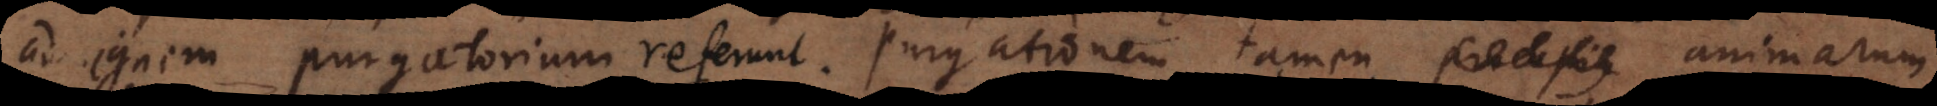
ad ignem purgatorium referunt. Purgationem tamen Procopius animar